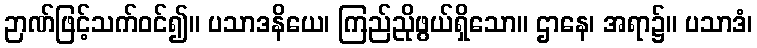
ဉာဏ်ဖြင့်သက်ဝင်၍။ ပသာဒနိယေ၊ ကြည်ညိုဖွယ်ရှိသော။ ဌာနေ၊ အရာ၌။ ပသာဒံ၊